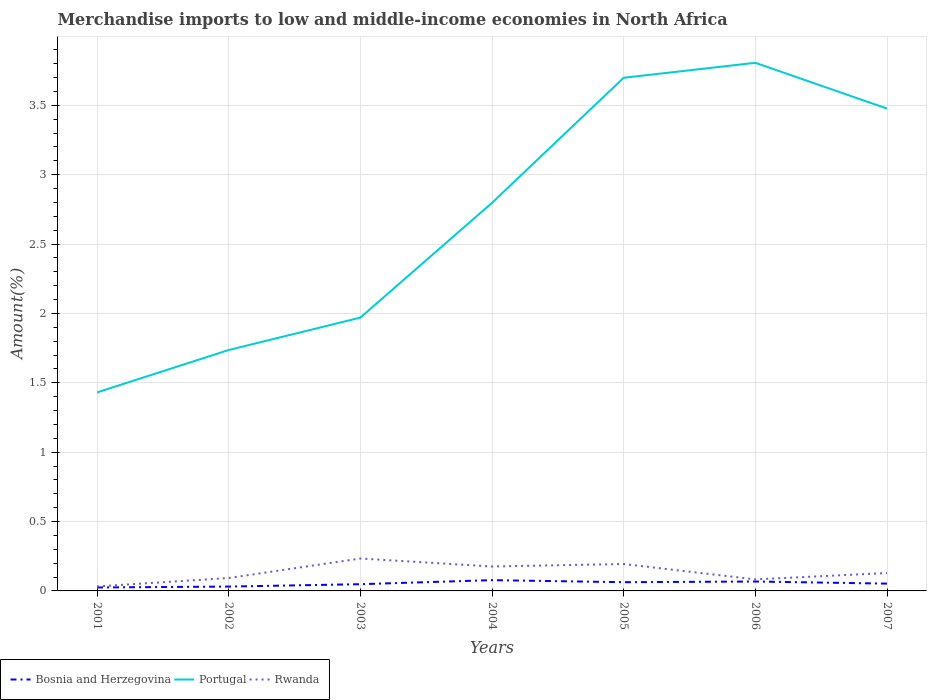
| Years | Bosnia and Herzegovina | Portugal | Rwanda |
 | --- | --- | --- | --- |
 | 2001 | 0.0248 | 1.43 | 0.0322 |
 | 2002 | 0.0314 | 1.74 | 0.0931 |
 | 2003 | 0.0485 | 1.97 | 0.234 |
 | 2004 | 0.0777 | 2.8 | 0.176 |
 | 2005 | 0.0628 | 3.7 | 0.194 |
 | 2006 | 0.0679 | 3.81 | 0.0833 |
 | 2007 | 0.0526 | 3.48 | 0.129 |